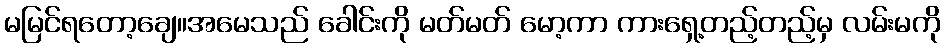
မမြင်ရတော့ချေ။အမေသည် ခေါင်းကို မတ်မတ် မော့ကာ ကားရှေ့တည့်တည့်မှ လမ်းမကို